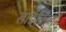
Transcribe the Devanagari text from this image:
साईकिलों